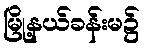
မြို့နယ်ခန်းမ၌